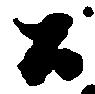
公